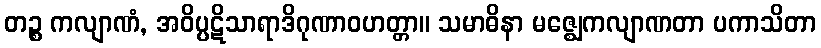
တဉ္စ ကလျာဏံ, အဝိပ္ပဋိသာရာဒိဂုဏာဝဟတ္တာ။ သမာဓိနာ မဇ္ဈေကလျာဏတာ ပကာသိတာ